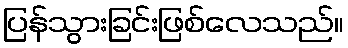
ပြန်သွားခြင်းဖြစ်လေသည်။